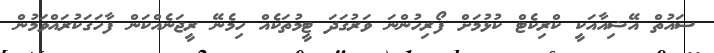
ސައުތް އޭޝިއާއަކީ ކްރިކެޓް ކުޅުމަށް ފޯރިހުންނަ ވަރުގަދަ ޓީމުތަކެއް ހިމެނޭ ރީޖަނެއްކަން ފާހަގަކުރައްވަމުން